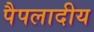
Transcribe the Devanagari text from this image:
पैपलादीय